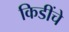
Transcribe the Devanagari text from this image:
किडींचे